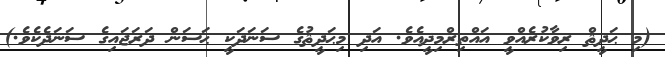
(މި ޙަދީޘް ރިވާކުރެއްވީ އައްތިރްމިޛީއެވެ. އަދި މިޙަދީޘުގެ ސަނަދަކީ ޙަސަން ދަރަޖައިގެ ސަނަދެކެވެ.)